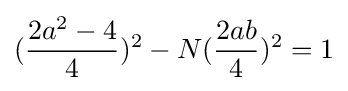
({\frac {2a^{2}-4}{4}})^{2}-N({\frac {2ab}{4}})^{2}=1